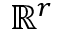
\mathbb { R } ^ { r }